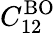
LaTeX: C_{12}^{\mathrm{BO}}